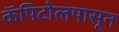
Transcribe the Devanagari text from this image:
कॅपिटोलपासून